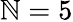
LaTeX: \mathbb{N}=5